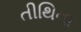
તીથિના